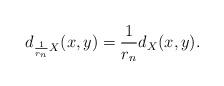
LaTeX: \begin{align*} d_{\frac{1}{r_n}X}(x,y)=\frac{1}{r_n}d_X(x,y). \end{align*}